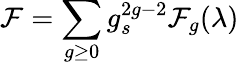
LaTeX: {\cal F}=\sum_{g\geq 0}g_{s}^{2g-2}{\cal F}_{g}(\lambda)